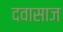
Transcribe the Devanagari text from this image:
दवासाज